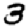
Digit: 3